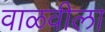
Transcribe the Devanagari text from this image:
वाळवीला